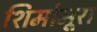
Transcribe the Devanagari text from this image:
शिमोमूरा